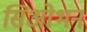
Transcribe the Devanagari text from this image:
सिओभन